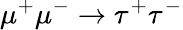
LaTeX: \mu^{+}\mu^{-}\to\tau^{+}\tau^{-}